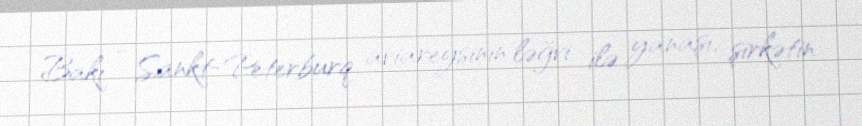
Bakı - Sankt-Peterburq aviareysinin ləğvi ilə yanaşı, şirkətin